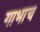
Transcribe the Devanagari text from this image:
गाभाच